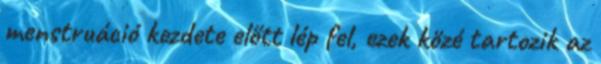
menstruáció kezdete előtt lép fel, ezek közé tartozik az